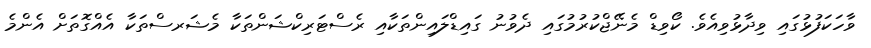
ވާހަކަފުޅުގައި ވިދާޅުވިއެވެ. ކޯވިޑް މެނޭޖްކުރުމުގައި ދެވުނު ގައިޑްލައިންތަކާއި ރެސްޓަރިކްޝަންތަކާ މެޝަރސްތަކާ އެއްގޮތަށް އެންމެ